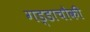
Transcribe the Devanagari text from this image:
गड्डाचौकी